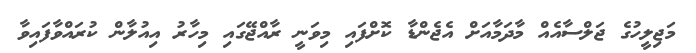
މަޖިލީހުގެ ޖަލްސާއެއް މާދަމާއަށް އެޖެންޑާ ކޮށްފައި މިވަނީ ރާއްޖޭގައި މިހާރު އިއުލާން ކުރައްވާފައިވާ